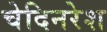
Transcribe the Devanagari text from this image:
चेदिनरेश